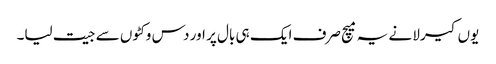
یوں کیرلا نے یہ میچ صرف ایک ہی بال پر اور دس وکٹوں سے جیت لیا۔